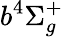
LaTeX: b^{4}\Sigma_{g}^{+}